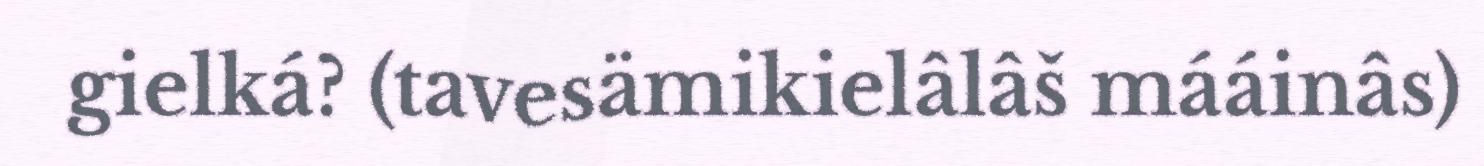
gielká? (tavesämikielâlâš mááinâs)